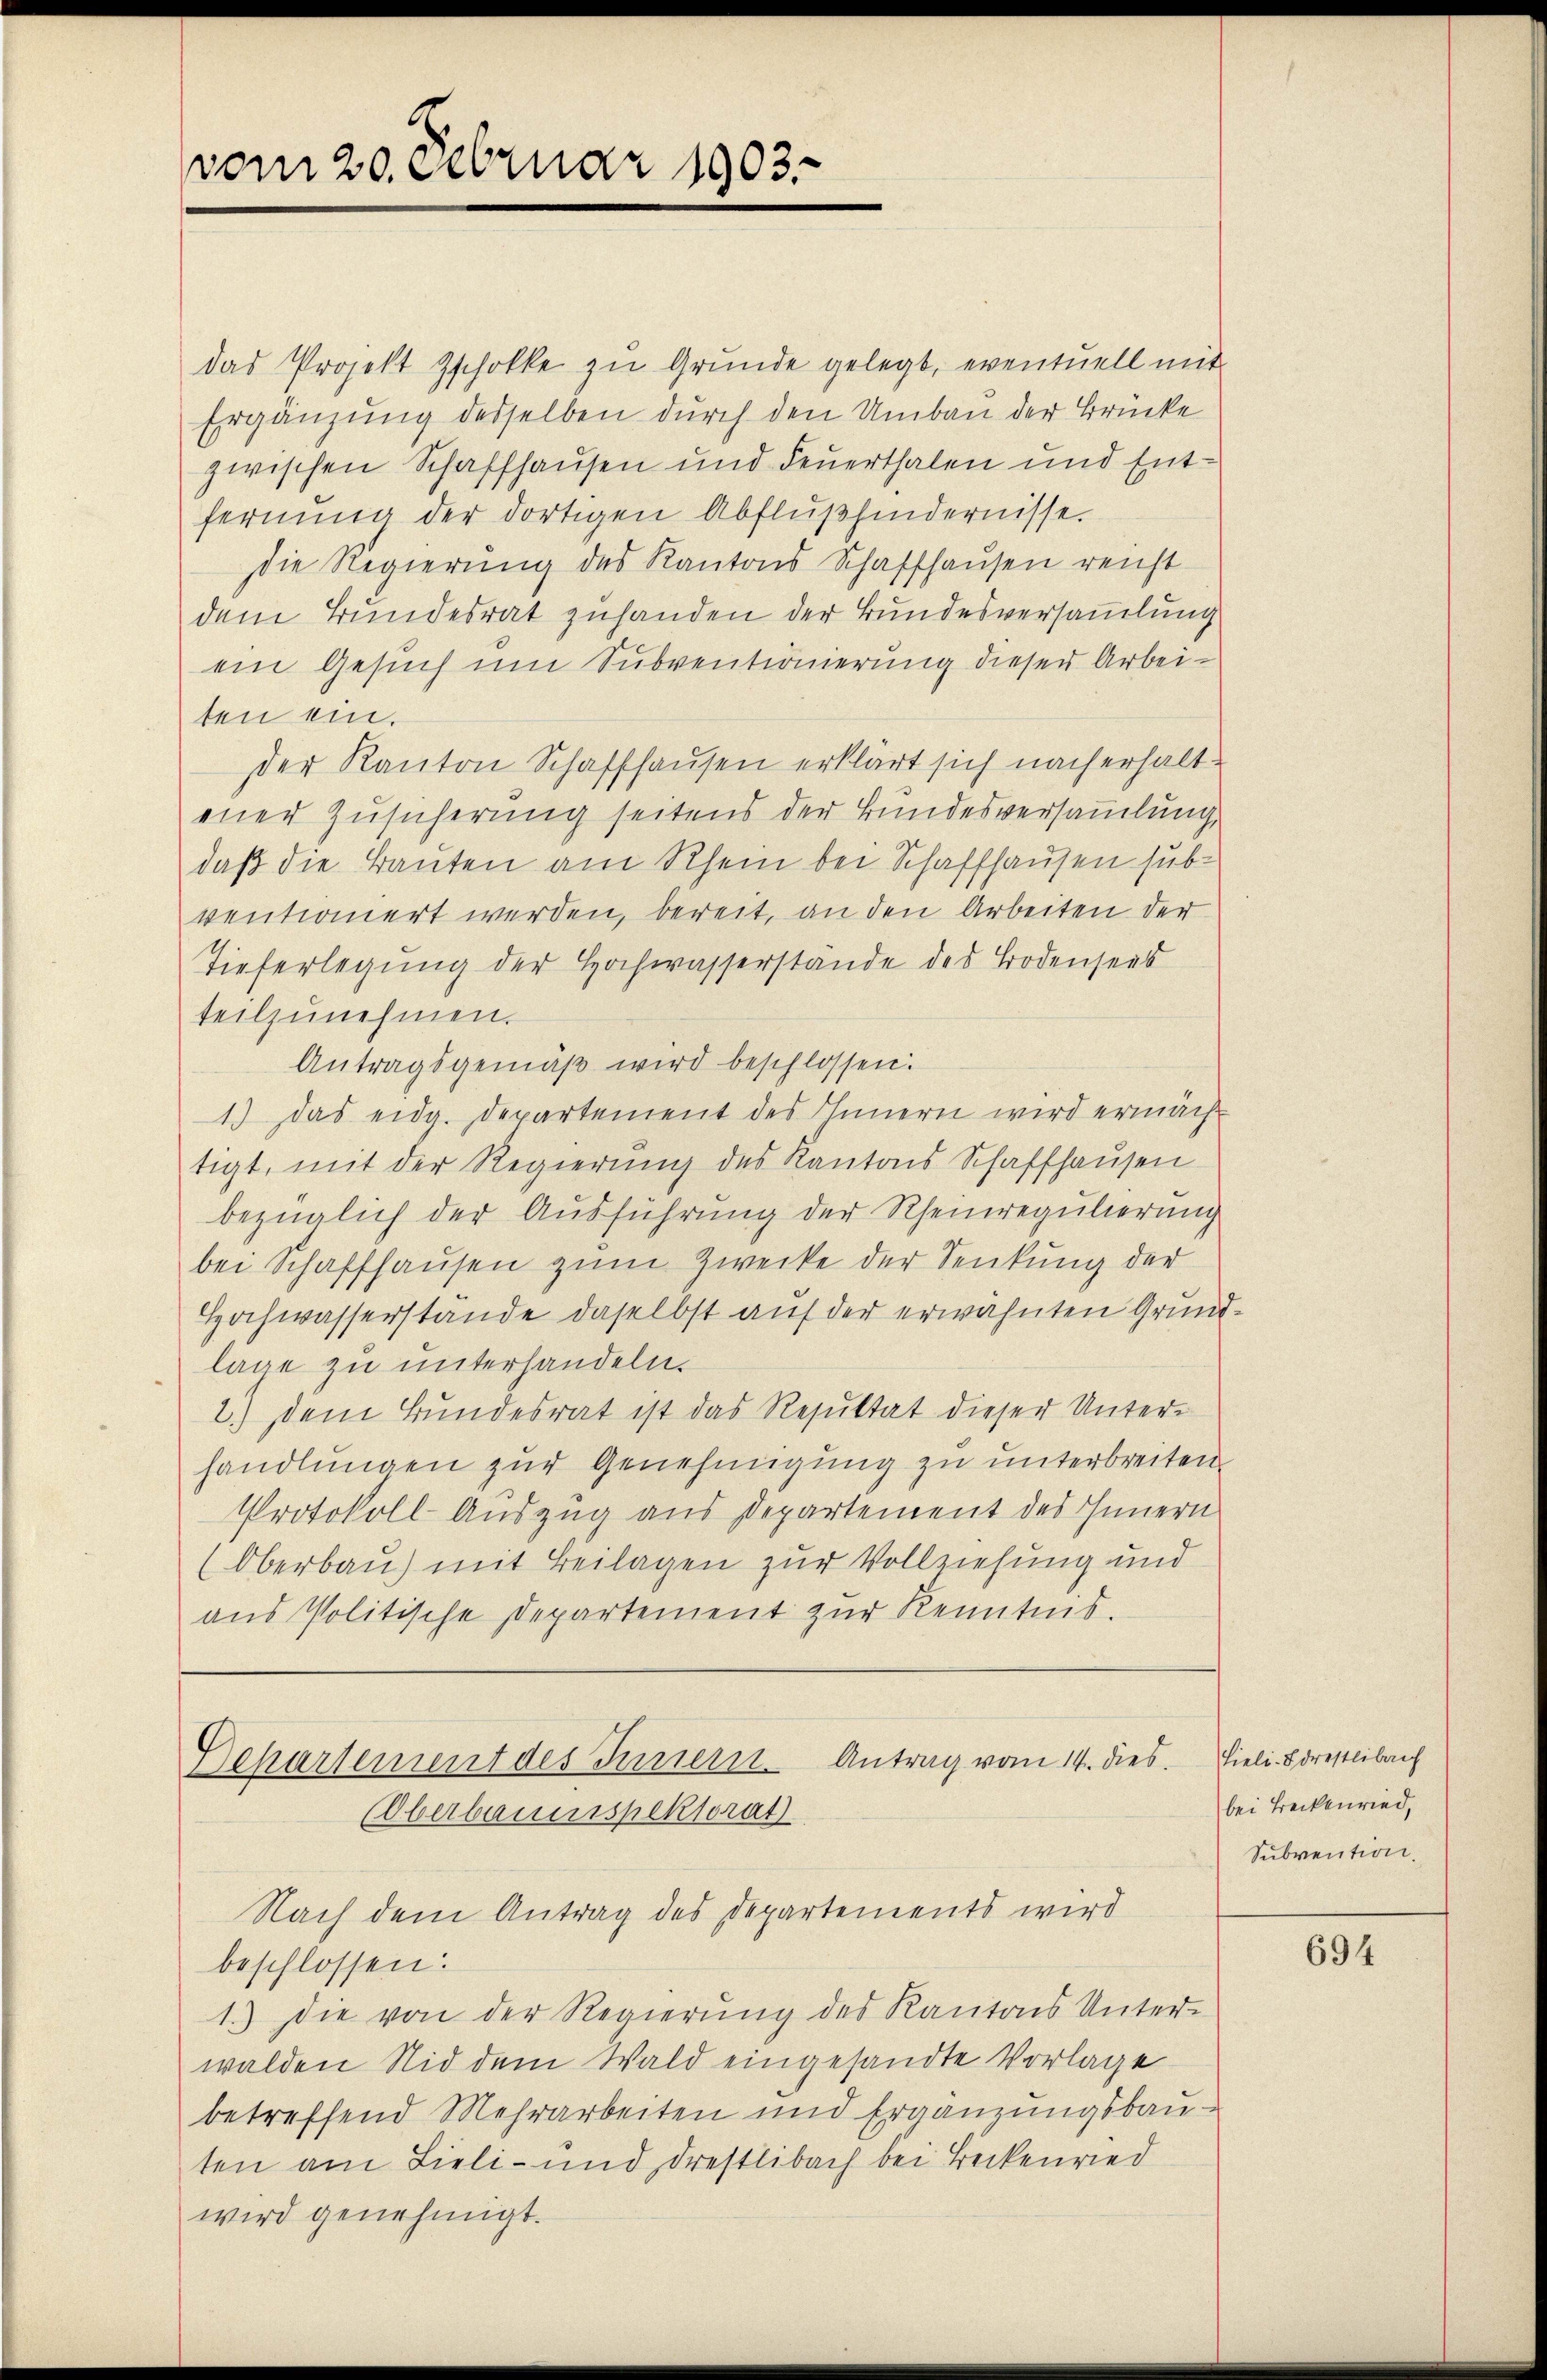
vom 20. Februar 1903.

das Projekt Zschokke zu Grunde gelegt, eventuell mit
Ergänzung desselben durch den Umbau der Brücke
zwischen Schaffhausen und Feuerthalen und Entfernŭng der dortigen Abflußhindernisse.
die Regierung des Kantons Schaffhausen reicht
dem Bundesrat zuhanden der Bundesversammlung
ein Gesuch um Subventionierung dieser Arbeiten ein.
der Kanton Schaffhausen erklärt sich nach erhaltener Zusicherung seitens der Bundesversammlung,
daß die Bauten am Rhein bei Schaffhausen subventioniert werden, bereit, an den Arbeiten der
Tieferlegung der Hochwasserstande des Bodensees
teilzunehmen.
Antragsgemäß wird beschlossen:
1) Das eidg. Departement des Innern wird ermächtigt, mit der Regierŭng des Kantons Schaffhaŭsen
bezüglich der Ausführung der Rheinregulierung
bei Schaffhaŭsen zŭm Zwecke der Senkung der
Hochwasserstande daselbst auf der erwähnten Grundlage zu unterhandeln.
2.) Dem Bundesrat ist das Resultat dieser Unterhandlungen zur Genehmigung zu unterbreiten
Protokoll-Auszug aus Departement des Innern
Oberbau) mit Beilagen zur Vollziehung und
aŭs Politische Departement zŭr Kenntnis.
Departement des Juriern Antrag vom 14. dies fieli drestlibach
Oberbauerspektorat
Nach dem Antrag des Departements wird
beschlossen:
1.) Die von der Regierŭng des Kantons Unter-
walden Nid dem Wald eingesandte Vorlage
betreffend Mehrarbeiten und Ergänzungsbau-
ten am Lieli - und drestlibach bei Beckenried
wird genehmigt.

bei Beckenried,
Subvention.

694